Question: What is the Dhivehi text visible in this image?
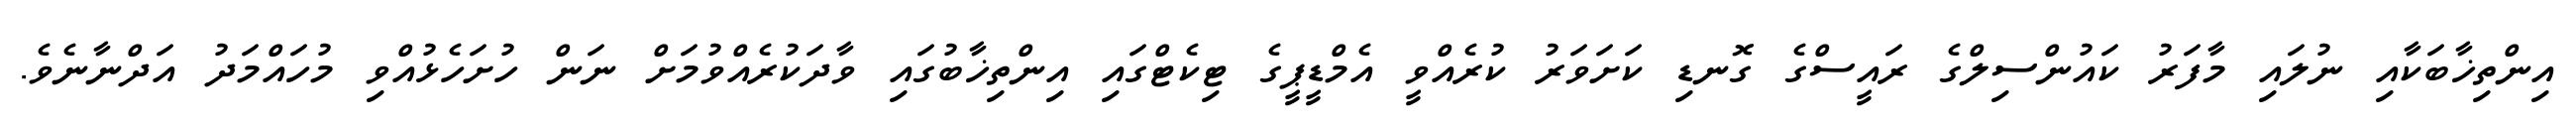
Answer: އިންތިޚާބަކާއި ނުލައި މާފަރު ކައުންސިލްގެ ރައީސްގެ ގޮނޑި ކަށަވަރު ކުރެއްވީ އެމްޑީޕީގެ ޓިކެޓްގައި އިންތިޚާބުގައި ވާދަކުރެއްވުމަށް ނަން ހުށަހެޅުއްވި މުހައްމަދު އަދްނާނެވެ.